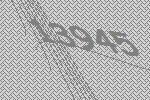
13945